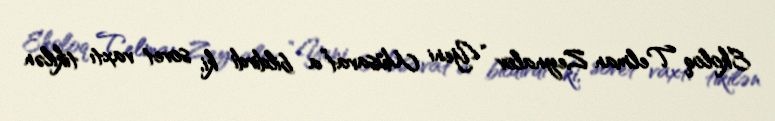
Ekoloq Telman Zeynalov “Yeni Müsavat”a bildirdi ki, sovet vaxtı tikilən